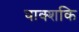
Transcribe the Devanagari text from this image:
वाक्शकि